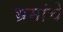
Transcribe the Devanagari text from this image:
भ्रमांचे